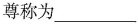
尊称为___